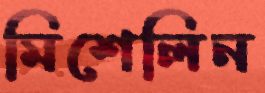
মিশেলিন